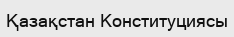
Қазақстан Конституциясы